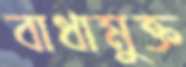
বাধামুক্ত